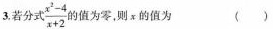
3.若分式\frac{x^{2}-4}{x+2} 的值为零，则x的值为()